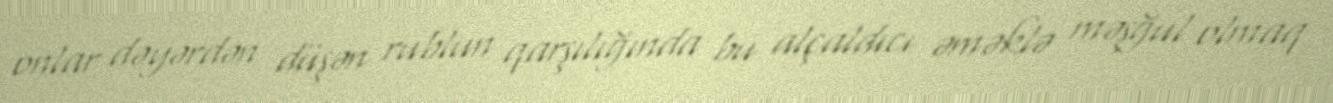
onlar dəyərdən düşən rublun qarşılığında bu alçaldıcı əməklə məşğul olmaq